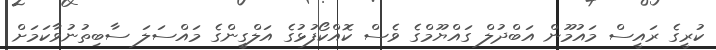
ކުރީގެ ރައީސް މައުމޫން އަބްދުލް ގައްޔޫމްގެ ވެސް ކޮއްކޯފުޅުގެ އަލްގީންގެ މައްސަލަ ސާބިތުނުވާކަމަށް